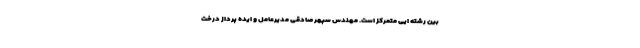
بین رشته ایی متمرکز است. مهندس سپهر صادقی مدیرعامل و ایده پرداز درخت